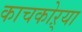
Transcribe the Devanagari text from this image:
काचकोऱ्या